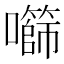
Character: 𫬧